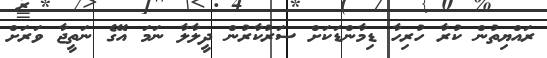
ރައްޔިތުން ކުރާ ހުރިހާ ޑިމާންޑަކަށް ސަރުކާރުން ދީލާލާ ނަމަ އޭގެ ނަތީޖާ ވަރަށް